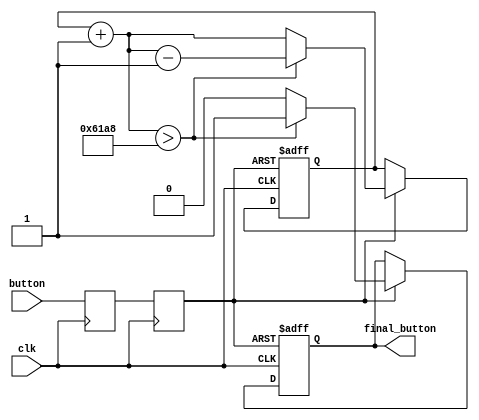
`timescale 1ns / 1ps
//////////////////////////////////////////////////////////////////////////////////
// Company: University of Thessaly
// 
// Design Name: 
// Module Name:    AntiBounce 
// Project Name: 
// Target Devices: 
// Tool versions: 
// Description: 
//
// Dependencies: 
//
// Revision: 
// Revision 0.01 - File Created
// Additional Comments: 
//
//////////////////////////////////////////////////////////////////////////////////


//In this module, we create a synchronizer and an antibounce curcuit
//for the buttons that we use in the project.
//The signal should be passed by 2 Flip Flops in order to synchronize
//with the clock period
//Then we should count the number of bounces and stabilize our signal

module AntiBounce(clk, button, final_button);

input clk, button;
output final_button;
reg sync_button, tmp_button, final_button;
reg [14:0] counter;
//reg [3:0] counter;       						//for check purposes


//1st Flip Flop
always @(posedge clk)
begin
	tmp_button = button;
end

//2nd Flip Flop
always @(posedge clk)
begin
	sync_button = tmp_button;
end

//we estimate how many bounces the button will make 
//when we press it for about 0.08 sec.


always @(posedge clk or negedge sync_button)
begin
	if(sync_button == 0)
	begin
		counter = 15'b000000000000000;
		final_button = 0;
	end
	else if(sync_button)												//every time button is 1 counter increases
	begin
		counter = counter + 15'b000000000000001;
		if (counter > 15'b110000110101000)						//if it reaches its high value stabilize the button
		begin
			final_button = 1;
			counter = counter - 15'b000000000000001;
		end
		else 
		begin
			final_button = 0;
		end
	end		
end

//the content below is for check purposes

/*always @(posedge clk or negedge sync_button)
begin
	if(sync_button == 0)
	begin
		counter = 4'b0000;
		final_button = 0;
	end
	else if(sync_button)
	begin
		counter = counter + 4'b0001;
		if (counter > 4'b1000)
		begin
			final_button = 1;
			counter = counter - 4'b0001;
		end
		else 
		begin
			final_button = 0;
		end
	end		
end
*/

endmodule